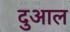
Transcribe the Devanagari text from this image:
दुआल